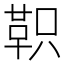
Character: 𫖆